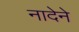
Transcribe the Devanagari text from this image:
नादेने